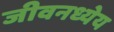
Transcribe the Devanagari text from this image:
जीवनध्येय